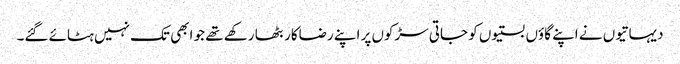
دیہاتیوں نے اپنے گاؤں بستیوں کو جاتی سڑکوں پر اپنے رضاکار بٹھا رکھے تھے جو ابھی تک نہیں ہٹائے گئے۔